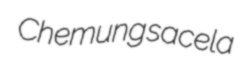
Chemung sacela